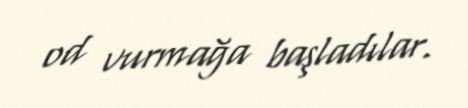
od vurmağa başladılar.